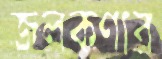
জলকণার